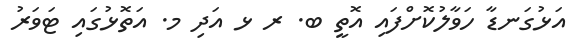
އަޅުގަނޑާ ހަވާލުކޮށްފައި އޮތީ ބ. ރ ޅ އަދި މ. އަތޮޅުގައި ޓަވަރު